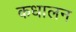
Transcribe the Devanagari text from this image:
कधालन